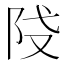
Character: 𨸽